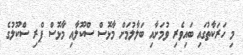
މި ހަރަކާތުގައި ބައިވެރި ވުމަށާއި ބަލާލުމަށް މާޅޮސް ސްކޫލާއި މާޅޮސް ޕްރި ސްކޫލުގެ